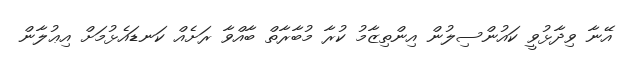
އޭނާ ވިދާޅުވީ ކައުންސިލުން އިންތިޒާމު ކުރާ މުބާރާތް ބާއްވާ ރަށެއް ކަނޑައެޅުމަށް އިޢުލާން